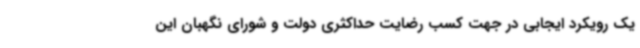
یک رویکرد ایجابی در جهت کسب رضایت حداکثری دولت و شورای نگهبان این